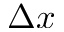
\Delta { x }